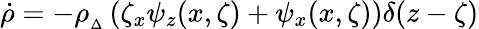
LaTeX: \dot{\rho}=-\rho_{{}_{\Delta}}\left(\zeta_{x}\psi_{z}(x,\zeta)+\psi_{x}(x,\zeta)\right)\delta(z-\zeta)